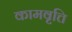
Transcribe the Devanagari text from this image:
कामवृत्ति